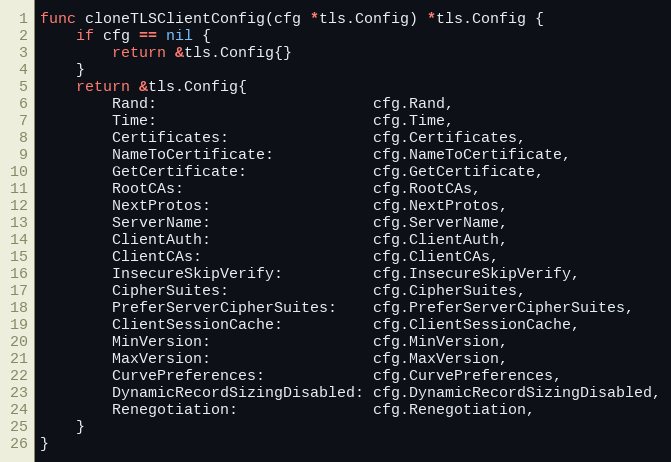
Language: Go
func cloneTLSClientConfig(cfg *tls.Config) *tls.Config {
	if cfg == nil {
		return &tls.Config{}
	}
	return &tls.Config{
		Rand:                        cfg.Rand,
		Time:                        cfg.Time,
		Certificates:                cfg.Certificates,
		NameToCertificate:           cfg.NameToCertificate,
		GetCertificate:              cfg.GetCertificate,
		RootCAs:                     cfg.RootCAs,
		NextProtos:                  cfg.NextProtos,
		ServerName:                  cfg.ServerName,
		ClientAuth:                  cfg.ClientAuth,
		ClientCAs:                   cfg.ClientCAs,
		InsecureSkipVerify:          cfg.InsecureSkipVerify,
		CipherSuites:                cfg.CipherSuites,
		PreferServerCipherSuites:    cfg.PreferServerCipherSuites,
		ClientSessionCache:          cfg.ClientSessionCache,
		MinVersion:                  cfg.MinVersion,
		MaxVersion:                  cfg.MaxVersion,
		CurvePreferences:            cfg.CurvePreferences,
		DynamicRecordSizingDisabled: cfg.DynamicRecordSizingDisabled,
		Renegotiation:               cfg.Renegotiation,
	}
}